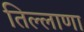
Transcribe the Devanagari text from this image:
तिल्लाणा